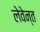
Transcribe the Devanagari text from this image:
लेवेन्त